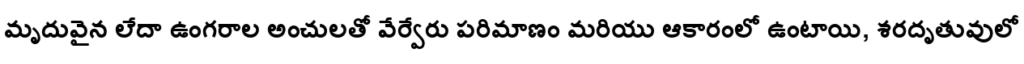
మృదువైన లేదా ఉంగరాల అంచులతో వేర్వేరు పరిమాణం మరియు ఆకారంలో ఉంటాయి, శరదృతువులో